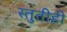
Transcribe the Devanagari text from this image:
स्तुतीही